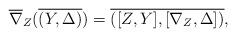
LaTeX: \begin{align*}\overline{\nabla}_Z(\overline{(Y,\Delta)})= \overline{([Z,Y],[\nabla_Z, \Delta])}, \end{align*}